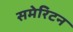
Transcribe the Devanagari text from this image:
समेरिटन